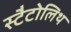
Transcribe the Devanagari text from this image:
स्टैटोलिथ